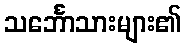
သင်္ဘောသားများ၏